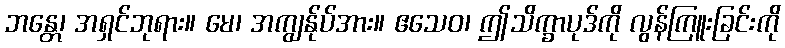
ဘန္တေ၊ အရှင်ဘုရား။ မေ၊ အကျွန်ုပ်အား။ ဧသေဝ၊ ဤသိက္ခာပုဒ်ကို လွန်ကြူးခြင်းကို